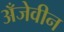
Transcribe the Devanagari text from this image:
अँजेवीन